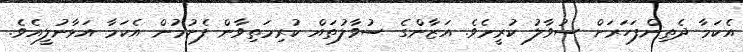
އެކަމާ ދެތިންފަހަރަށް ސުވާލު ކުރީމެވެ. އަޒާންގެ ސުވާލުތައް ކުރިމަތިވާން ފެށުމުން އެކަމާ އަޅާނުލީއެވެ.